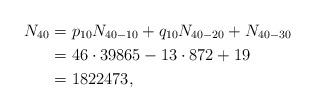
LaTeX: \begin{align*}N_{40}&=p_{10}N_{40-10}+q_{10}N_{40-20}+N_{40-30}\\&=46\cdot 39865-13\cdot 872+19 \\&=1822473,\end{align*}